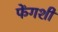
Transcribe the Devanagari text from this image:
फेंगशी